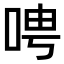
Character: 𫪆